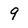
Character: 9